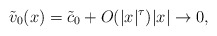
\begin{align*}\tilde{v}_0(x)=\tilde{c}_0+O(|x|^{\tau})|x|\rightarrow 0,\end{align*}